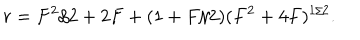
r = F ^ { 2 } / 2 + 2 F + ( 1 + F / 2 ) ( F ^ { 2 } + 4 F ) ^ { 1 / 2 } .